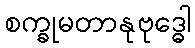
စက္ခုမတာနုဗုဒ္ဓေါ